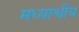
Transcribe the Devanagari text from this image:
मध्याश्वीय